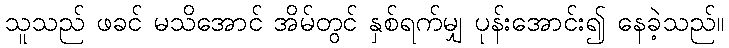
သူသည် ဖခင် မသိအောင် အိမ်တွင် နှစ်ရက်မျှ ပုန်းအောင်း၍ နေခဲ့သည်။